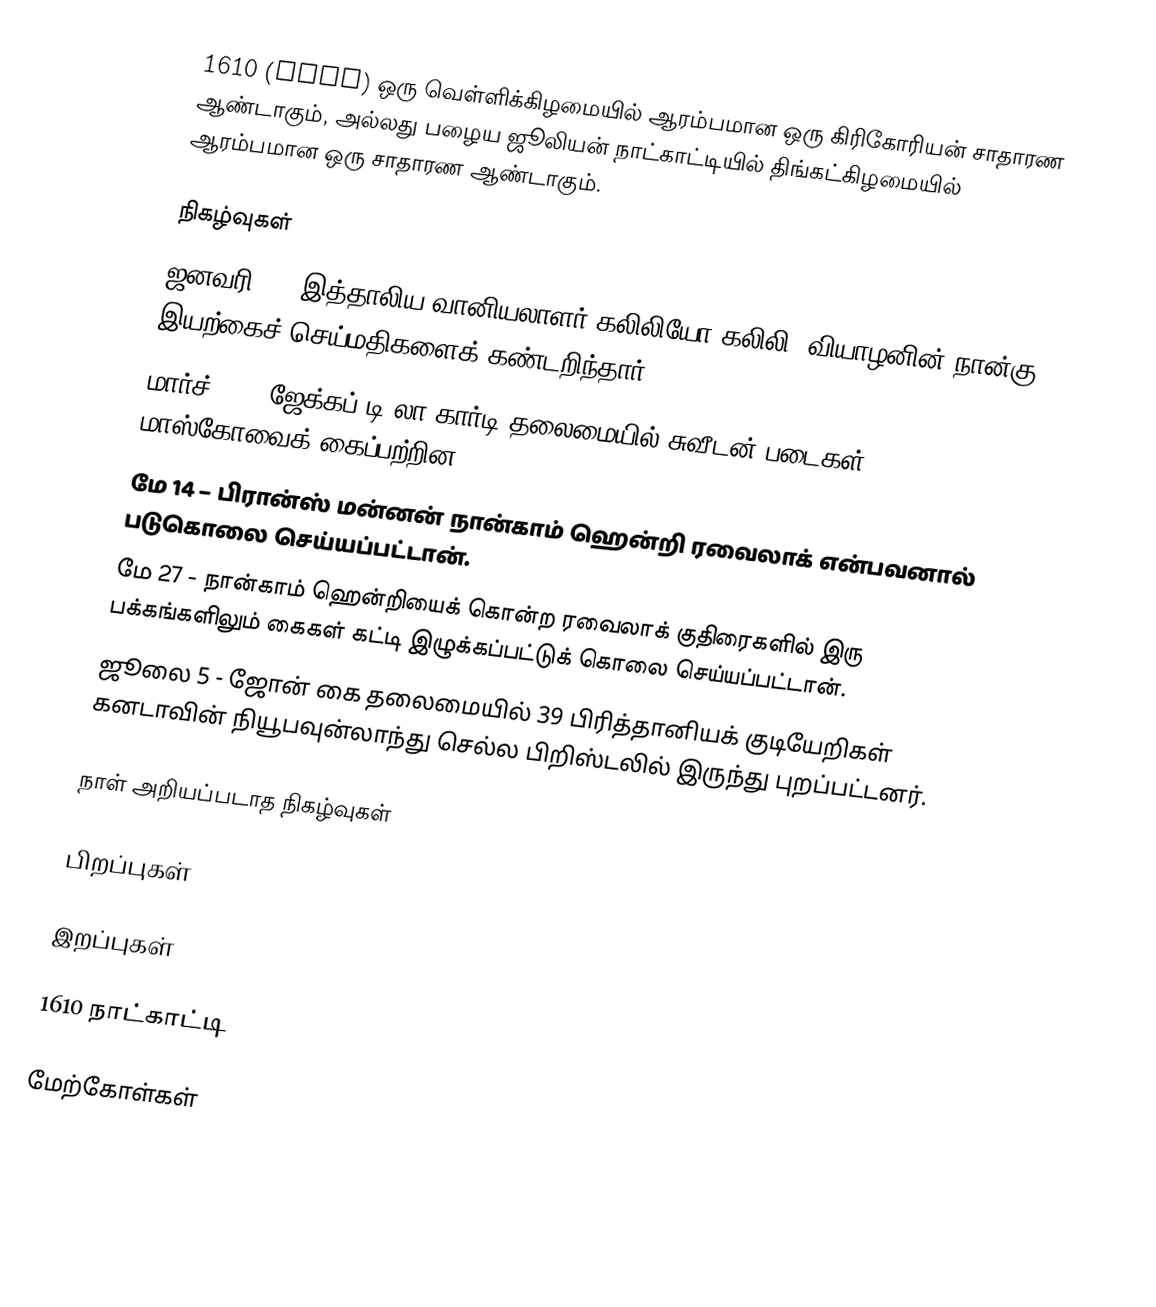
1610 (MDCX) ஒரு வெள்ளிக்கிழமையில் ஆரம்பமான ஒரு கிரிகோரியன் சாதாரண ஆண்டாகும், அல்லது பழைய ஜூலியன் நாட்காட்டியில் திங்கட்கிழமையில் ஆரம்பமான ஒரு சாதாரண ஆண்டாகும்.

நிகழ்வுகள்
 ஜனவரி 7 - இத்தாலிய வானியலாளர் கலிலியோ கலிலி, வியாழனின் நான்கு இயற்கைச் செய்மதிகளைக் கண்டறிந்தார்.
 மார்ச் 12 – ஜேக்கப் டி லா கார்டி தலைமையில் சுவீடன் படைகள் மாஸ்கோவைக் கைப்பற்றின.
 மே 14 – பிரான்ஸ் மன்னன் நான்காம் ஹென்றி ரவைலாக் என்பவனால் படுகொலை செய்யப்பட்டான்.
 மே 27 - நான்காம் ஹென்றியைக் கொன்ற ரவைலாக் குதிரைகளில் இரு பக்கங்களிலும் கைகள் கட்டி இழுக்கப்பட்டுக் கொலை செய்யப்பட்டான்.
 ஜூலை 5 - ஜோன் கை தலைமையில் 39 பிரித்தானியக் குடியேறிகள் கனடாவின் நியூபவுன்லாந்து செல்ல பிறிஸ்டலில் இருந்து புறப்பட்டனர்.

நாள் அறியப்படாத நிகழ்வுகள்

பிறப்புகள்

இறப்புகள்

1610 நாட்காட்டி

மேற்கோள்கள்